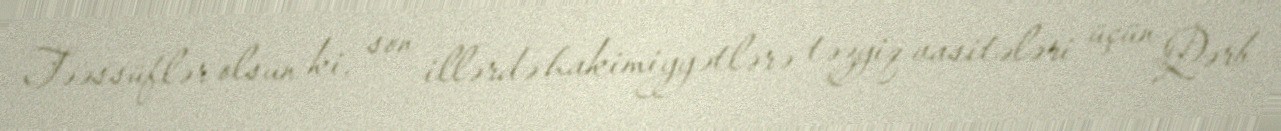
Təəssüflər olsun ki, son illərdə hakimiyyətlərə təzyiq vasitələri üçün Qərb